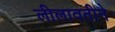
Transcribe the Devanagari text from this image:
लीलावतीने